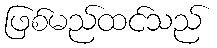
ဖြစ်မည်ထင်သည်